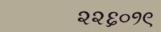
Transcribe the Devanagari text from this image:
२२६०१९